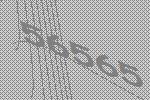
56565